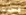
ونصبح